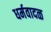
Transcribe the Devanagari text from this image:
धर्मवादळ